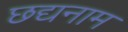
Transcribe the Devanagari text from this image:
छद्यनाम